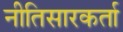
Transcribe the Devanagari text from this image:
नीतिसारकर्ता